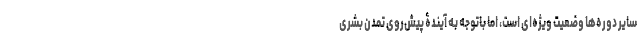
سایر دوره‌ها وضعیت ویژه‌ای است، اما باتوجه به آیندۀ پیش‌روی تمدن بشری